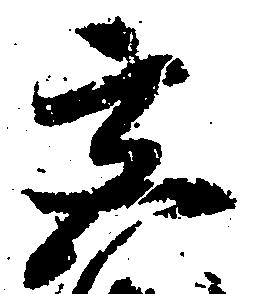
宮